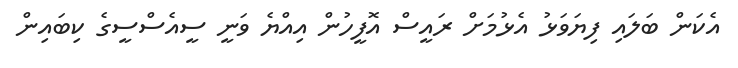
އެކަން ބަލައި ފިޔަވަޅު އެޅުމަށް ރައީސް އޮފީހުން އިއްޔެ ވަނީ ސީއެސްސީގެ ކިބައިން